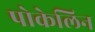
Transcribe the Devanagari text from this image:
पोकेलिन